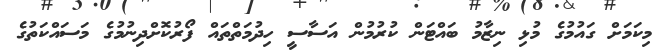
މިކަމަށް ގައުމުގެ މުޅި ނިޒާމު ބައްޓަން ކުރުމުން އަސާސީ ހިދުމަތްތައް ފޯރުކޮށްދިނުމުގެ މަސައްކަތުގެ